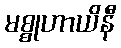
မစ္စုဟာယိနီ